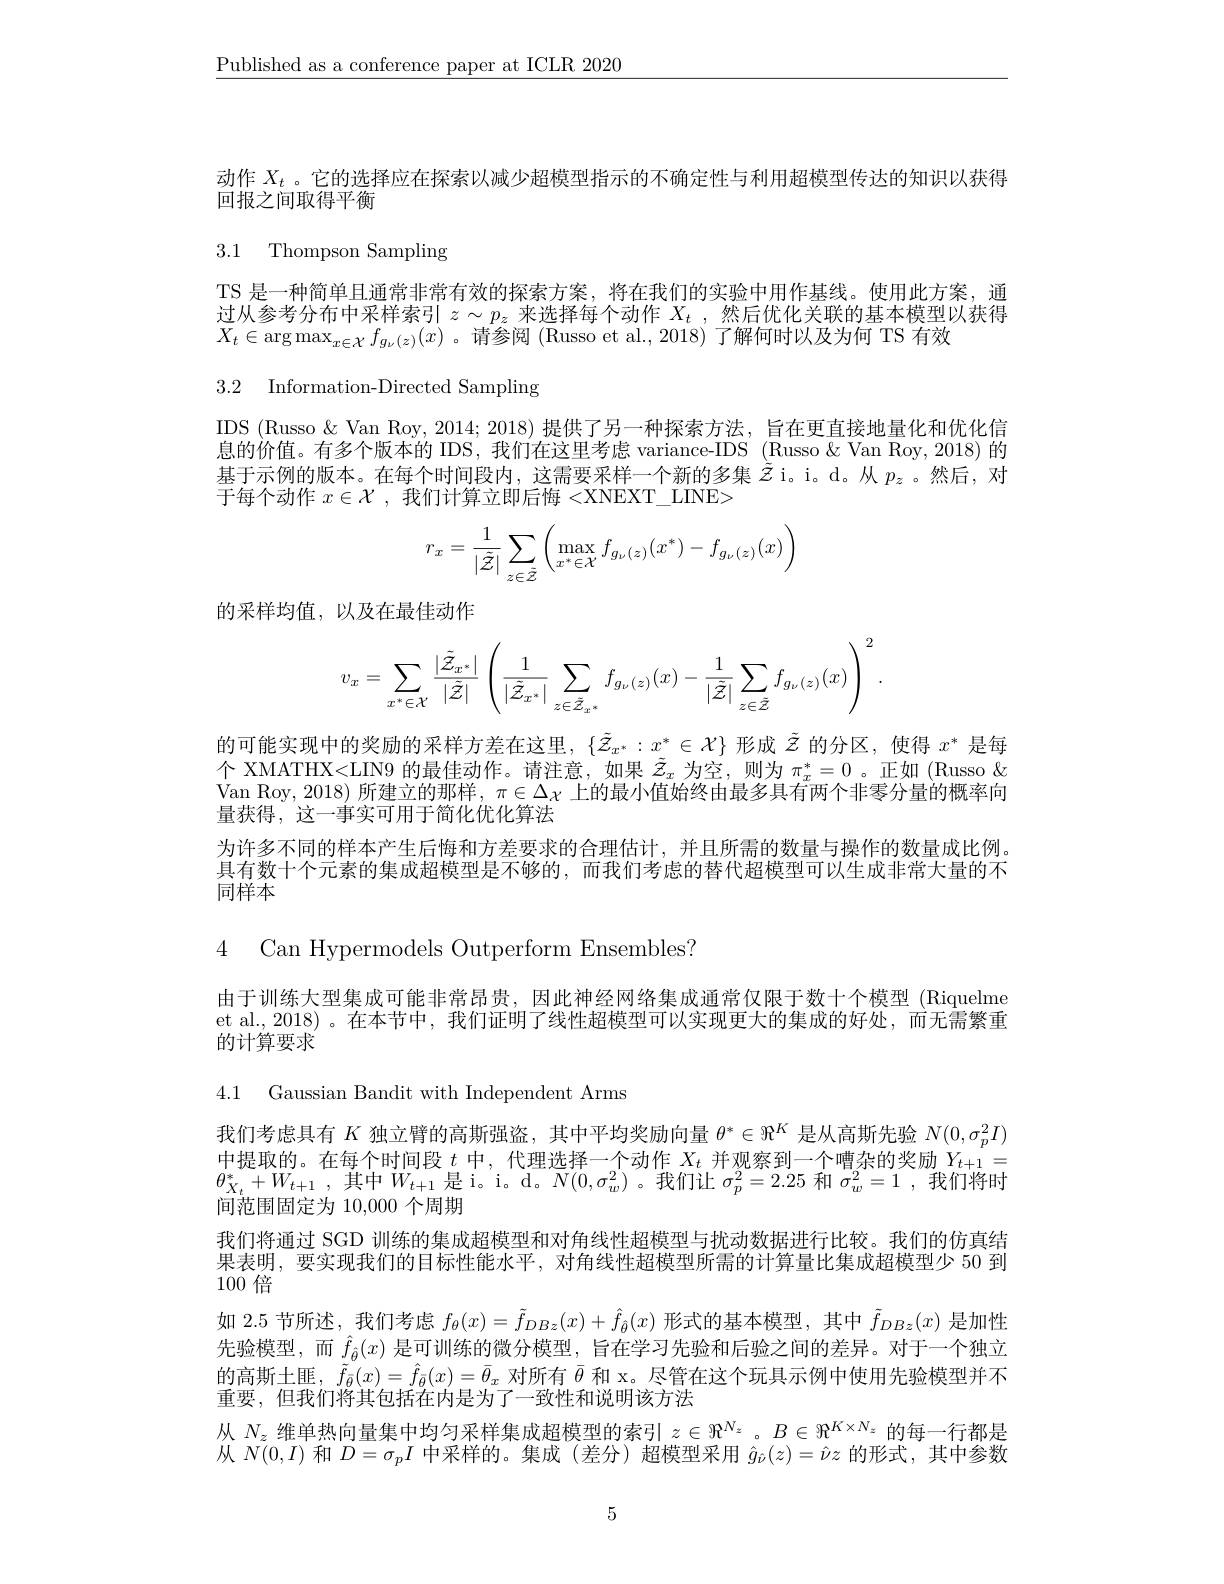
$\underline{\text{Published as a conference paper at ICLR 2020}}$

动作$X_t$ 。它的选择应在探索以减少超模型指示的不确定性与利用超模型传达的知识以获得
回报之间取得平衡

3.1 Thompson Sampling

TS 是一种简单且通常非常有效的探索方案，将在我们的实验中用作基线。使用此方案，通过从参考分布中采样索引$z\sim p_z$来选择每个动作$X_t$ ,然后优化关联的基本模型以获得$X_t\in\arg\max_{x\in\mathcal{X}}f_{g_\nu(z)}(x)$ 。请参阅 (Russo et al.,2018)了解何时以及为何 TS 有效

3.2 Information-Directed Sampling

IDS (Russo&Van Roy, 2014; 2018) 提供了另一种探索方法，旨在更直接地量化和优化信息的价值。有多个版本的 IDS, 我们在这里考虑 variance-IDS (Russo&Van Roy, 2018) 的基于示例的版本。在每个时间段内，这需要采样一个新的多集$\dot{\tilde{z}}$ i。d。从$p_z$ 。然后，对于每个动作$x\in\mathcal{X}$ ,我们计算立即后悔 <XNEXT\_LINE>
$$r_x=\dfrac{1}{|\tilde{\mathcal{Z}}|}\sum\limits_{z\in\tilde{\mathcal{Z}}}\left(\max\limits_{x^*\in\mathcal{X}}f_{g_\nu(z)}(x^*)-f_{g_\nu(z)}(x)\right)$$
的采样均值，以及在最佳动作
$$v_{x}=\sum\limits_{x^{*}\in\mathcal{X}}\frac{|\tilde{\mathcal{Z}}_{x^{*}}|}{|\tilde{\mathcal{Z}}|}\left(\frac{1}{|\tilde{\mathcal{Z}}_{x^{*}}|}\sum\limits_{z\in\tilde{\mathcal{Z}}_{x^{*}}}f_{g_{\nu}(z)}(x)-\frac{1}{|\tilde{\mathcal{Z}}|}\sum\limits_{z\in\tilde{\mathcal{Z}}}f_{g_{\nu}(z)}(x)\right)^{2}.$$
的可能实现中的奖励的采样方差在这里，$\{\tilde{Z}_{x^*}:x^*\in\mathcal{X}\}$形成$\tilde{Z}$的分区，使得$x^*$是每个 XMATHX<LIN9 的最佳动作。请注意，如果$\tilde{z}_x$为空，则为$\pi_x^*=0$。正如(Russo $\&$ Van Roy, 2018) 所建立的那样，$\pi\in\Delta_{\mathcal{X}}$上的最小值始终由最多具有两个非零分量的概率向量获得，这一事实可用于简化优化算法
为许多不同的样本产生后悔和方差要求的合理估计，并且所需的数量与操作的数量成比例。具有数十个元素的集成超模型是不够的，而我们考虑的替代超模型可以生成非常大量的不同样本

4 Can Hypermodels Outperform Ensembles?

由于训练大型集成可能非常昂贵，因此神经网络集成通常仅限于数十个模型 (Riquelme et al.,2018)。在本节中，我们证明了线性超模型可以实现更大的集成的好处，而无需繁重的计算要求

4.1 Gaussian Bandit with Independent Arms

我们考虑具有$K$独立臂的高斯强盗，其中平均奖励向量$\theta^*\in\Re^K$是从高斯先验$N(0,\sigma_p^2I)$ 中提取的。在每个时间段$t$中，代理选择一个动作$X_t$并观察到一个嘈杂的奖励$Y_{t+1}=$ $\theta _{X_t}^* + W_{t+ 1}$ ,其中$W_t+1$ 是 i。i。d。$N(0,\sigma_w^2)$。我们让 $\sigma_p^2=2.25$ 和 $\sigma_w^2=1$ ,我们将时间范围固定为 10,000 个周期
我们将通过 SGD 训练的集成超模型和对角线性超模型与扰动数据进行比较。我们的仿真结果表明，要实现我们的目标性能水平，对角线性超模型所需的计算量比集成超模型少 50 到100倍
如 2.5 节所述，我们考虑$f_\theta(x)=\tilde{f}_{DBz}(x)+\hat{f}_{\hat{\theta}}(x)$形式的基本模型，其中$\tilde{f}_{DBz}(x)$是加性先验模型，而$\hat{f}_{\hat{\theta}}(x)$ 是可训练的微分模型，旨在学习先验和后验之间的差异。对于一个独立的高斯土匪，$\tilde{f}_{\bar{\theta}}(x)=\hat{f}_{\bar{\theta}}(x)=\bar{\theta}_x$对所有$\bar{\theta}$和 x。尽管在这个玩具示例中使用先验模型并不重要，但我们将其包括在内是为了一致性和说明该方法
从$N_z$维单热向量集中均匀采样集成超模型的索引$z\in\Re^{N_z}$ 。$B\in\Re^{K\times N_z}$的每一行都是从$N(0,I)$和$D=\sigma_pI$中采样的。集成 (差分)超模型采用$\hat{g}_{\hat{\nu}}(z)=\hat{\nu}z$的形式，其中参数

5